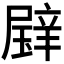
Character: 𱯢